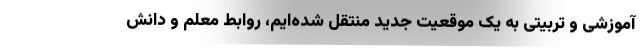
آموزشی و تربیتی به یک موقعیت جدید منتقل شده‌ایم، روابط معلم و دانش